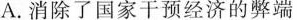
A.消除了国家干预经济的弊端